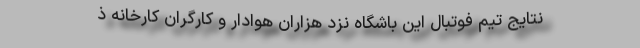
نتایج تیم فوتبال این باشگاه نزد هزاران هوادار و کارگران کارخانه ذ